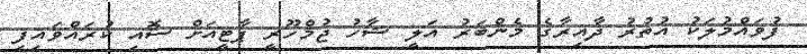
ފުވައްމުލަކު އުތުރު ދާއިރާގެ މެންބަރު އަލީ ޝާހު ޖުމްހޫރީ ޕާޓީއަށް ސޮއި ކުރައްވައިފި